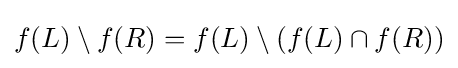
f(L)\setminus f(R)=f(L)\setminus (f(L)\cap f(R))